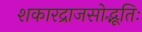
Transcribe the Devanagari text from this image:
शकारद्राजसोद्भूतिः